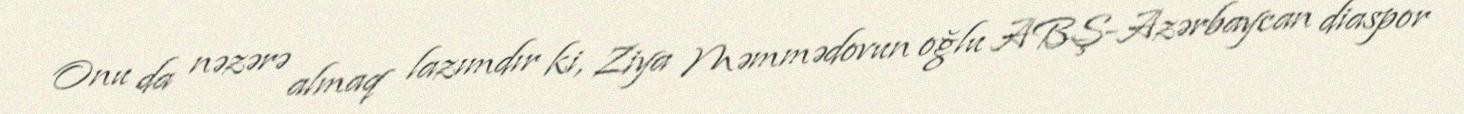
Onu da nəzərə almaq lazımdır ki, Ziya Məmmədovun oğlu ABŞ-Azərbaycan diaspor